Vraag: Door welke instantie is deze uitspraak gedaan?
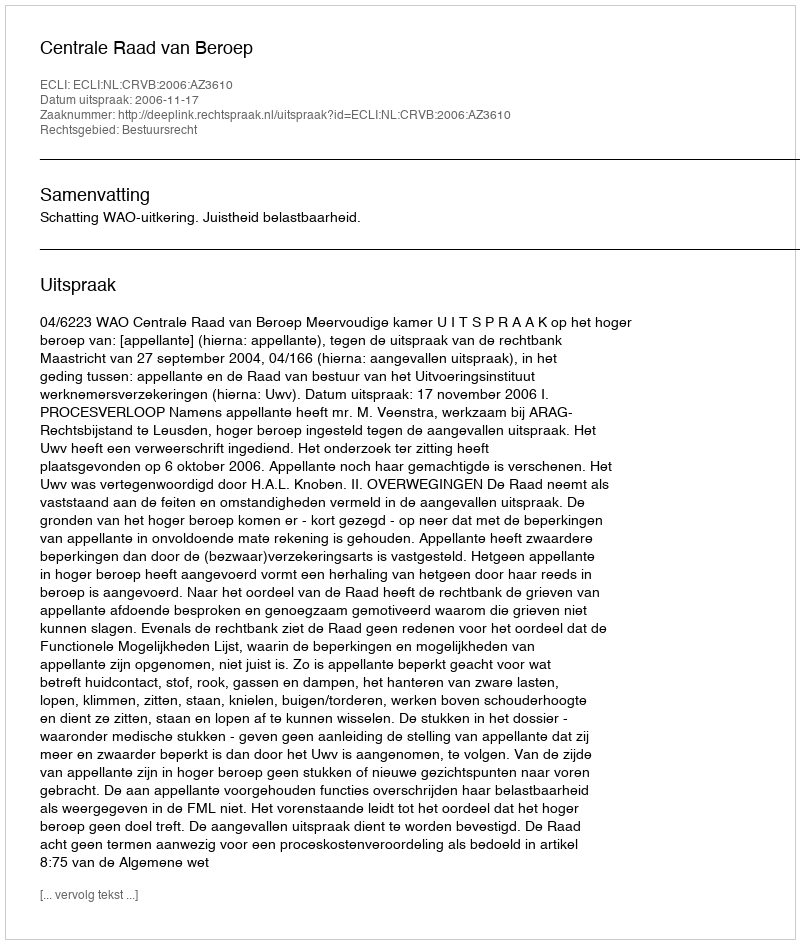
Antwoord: Centrale Raad van Beroep